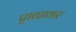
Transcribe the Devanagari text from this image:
पृष्ठप्रावार